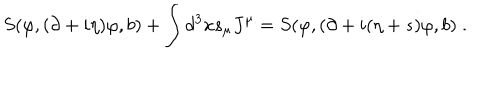
LaTeX: S ( \varphi , ( \partial + i \eta ) \varphi , b ) + \int d ^ { 3 } x s _ { \mu } J ^ { \mu } = S ( \varphi , ( \partial + i ( \eta + s ) \varphi , b ) \; .